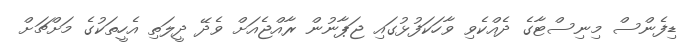
ޑިފެންސް މިނިސްޓާގެ ދެއްކެވި ވާހަކަފުޅުގައި ޖަޕާނުން ރާއްޖެއަށް ވެދޭ ދީލަތި އެހީތަކުގެ މަށްޗަށް